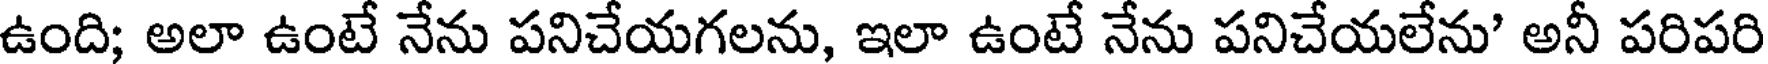
ఉంది; అలా ఉంటే నేను పనిచేయగలను, ఇలా ఉంటే నేను పనిచేయలేను' అనీ పరిపరి